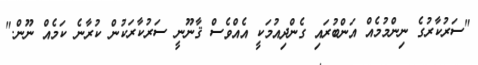
"ސަރުކާރުގެ ނިންމުމެއް އަންބުރައި ގެންދިއުމަކީ އެއްވެސް ޤާނޫނީ ސަރުކާރަކުން ކުރާނެ ކަމެއް ނޫން."